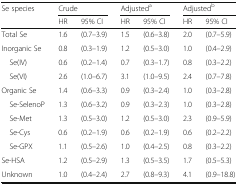
| <ROWSPAN=2> Se species | <COLSPAN=2> Crude | <COLSPAN=2> Adjusteda | <COLSPAN=2> Adjustedb |
 | HR | 95% CI | HR | 95% CI | HR | 95% CI |
 | --- | --- | --- | --- | --- | --- | --- |
 | Total Se | 1.6 | (0.7–3.9) | 1.5 | (0.6–3.8) | 2.0 | (0.7–5.9) |
 | Inorganic Se | 0.8 | (0.3–1.9) | 1.2 | (0.5–3.0) | 1.0 | (0.4–2.9) |
 | Se(IV) | 0.6 | (0.2–1.4) | 0.7 | (0.3–1.7) | 0.8 | (0.3–2.2) |
 | Se(VI) | 2.6 | (1.0–6.7) | 3.1 | (1.0–9.5) | 2.4 | (0.7–7.8) |
 | Organic Se | 1.4 | (0.6–3.3) | 0.9 | (0.3–2.4) | 1.0 | (0.3–2.8) |
 | Se-SelenoP | 1.3 | (0.6–3.2) | 0.9 | (0.3–2.3) | 1.0 | (0.3–2.8) |
 | Se-Met | 1.3 | (0.5–3.0) | 1.2 | (0.5–3.0) | 2.3 | (0.9–5.9) |
 | Se-Cys | 0.6 | (0.2–1.9) | 0.6 | (0.2–1.9) | 0.6 | (0.2–2.2) |
 | Se-GPX | 1.1 | (0.5–2.6) | 1.0 | (0.4–2.5) | 0.8 | (0.3–2.2) |
 | Se-HSA | 1.2 | (0.5–2.9) | 1.3 | (0.5–3.5) | 1.7 | (0.5–5.3) |
 | Unknown | 1.0 | (0.4–2.4) | 2.7 | (0.8–9.3) | 4.1 | (0.9–18.8) |